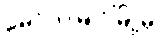
မော်လမြိုင်မြို့မှ